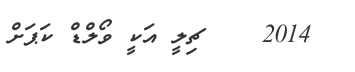
2014    ޗިލީ އަކީ ވޯލްޑް ކަޕަށް